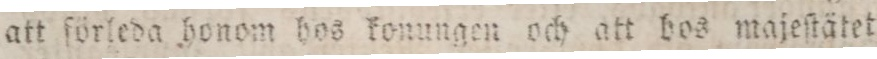
att förleda honom hos konungen och att hos majeſtätet